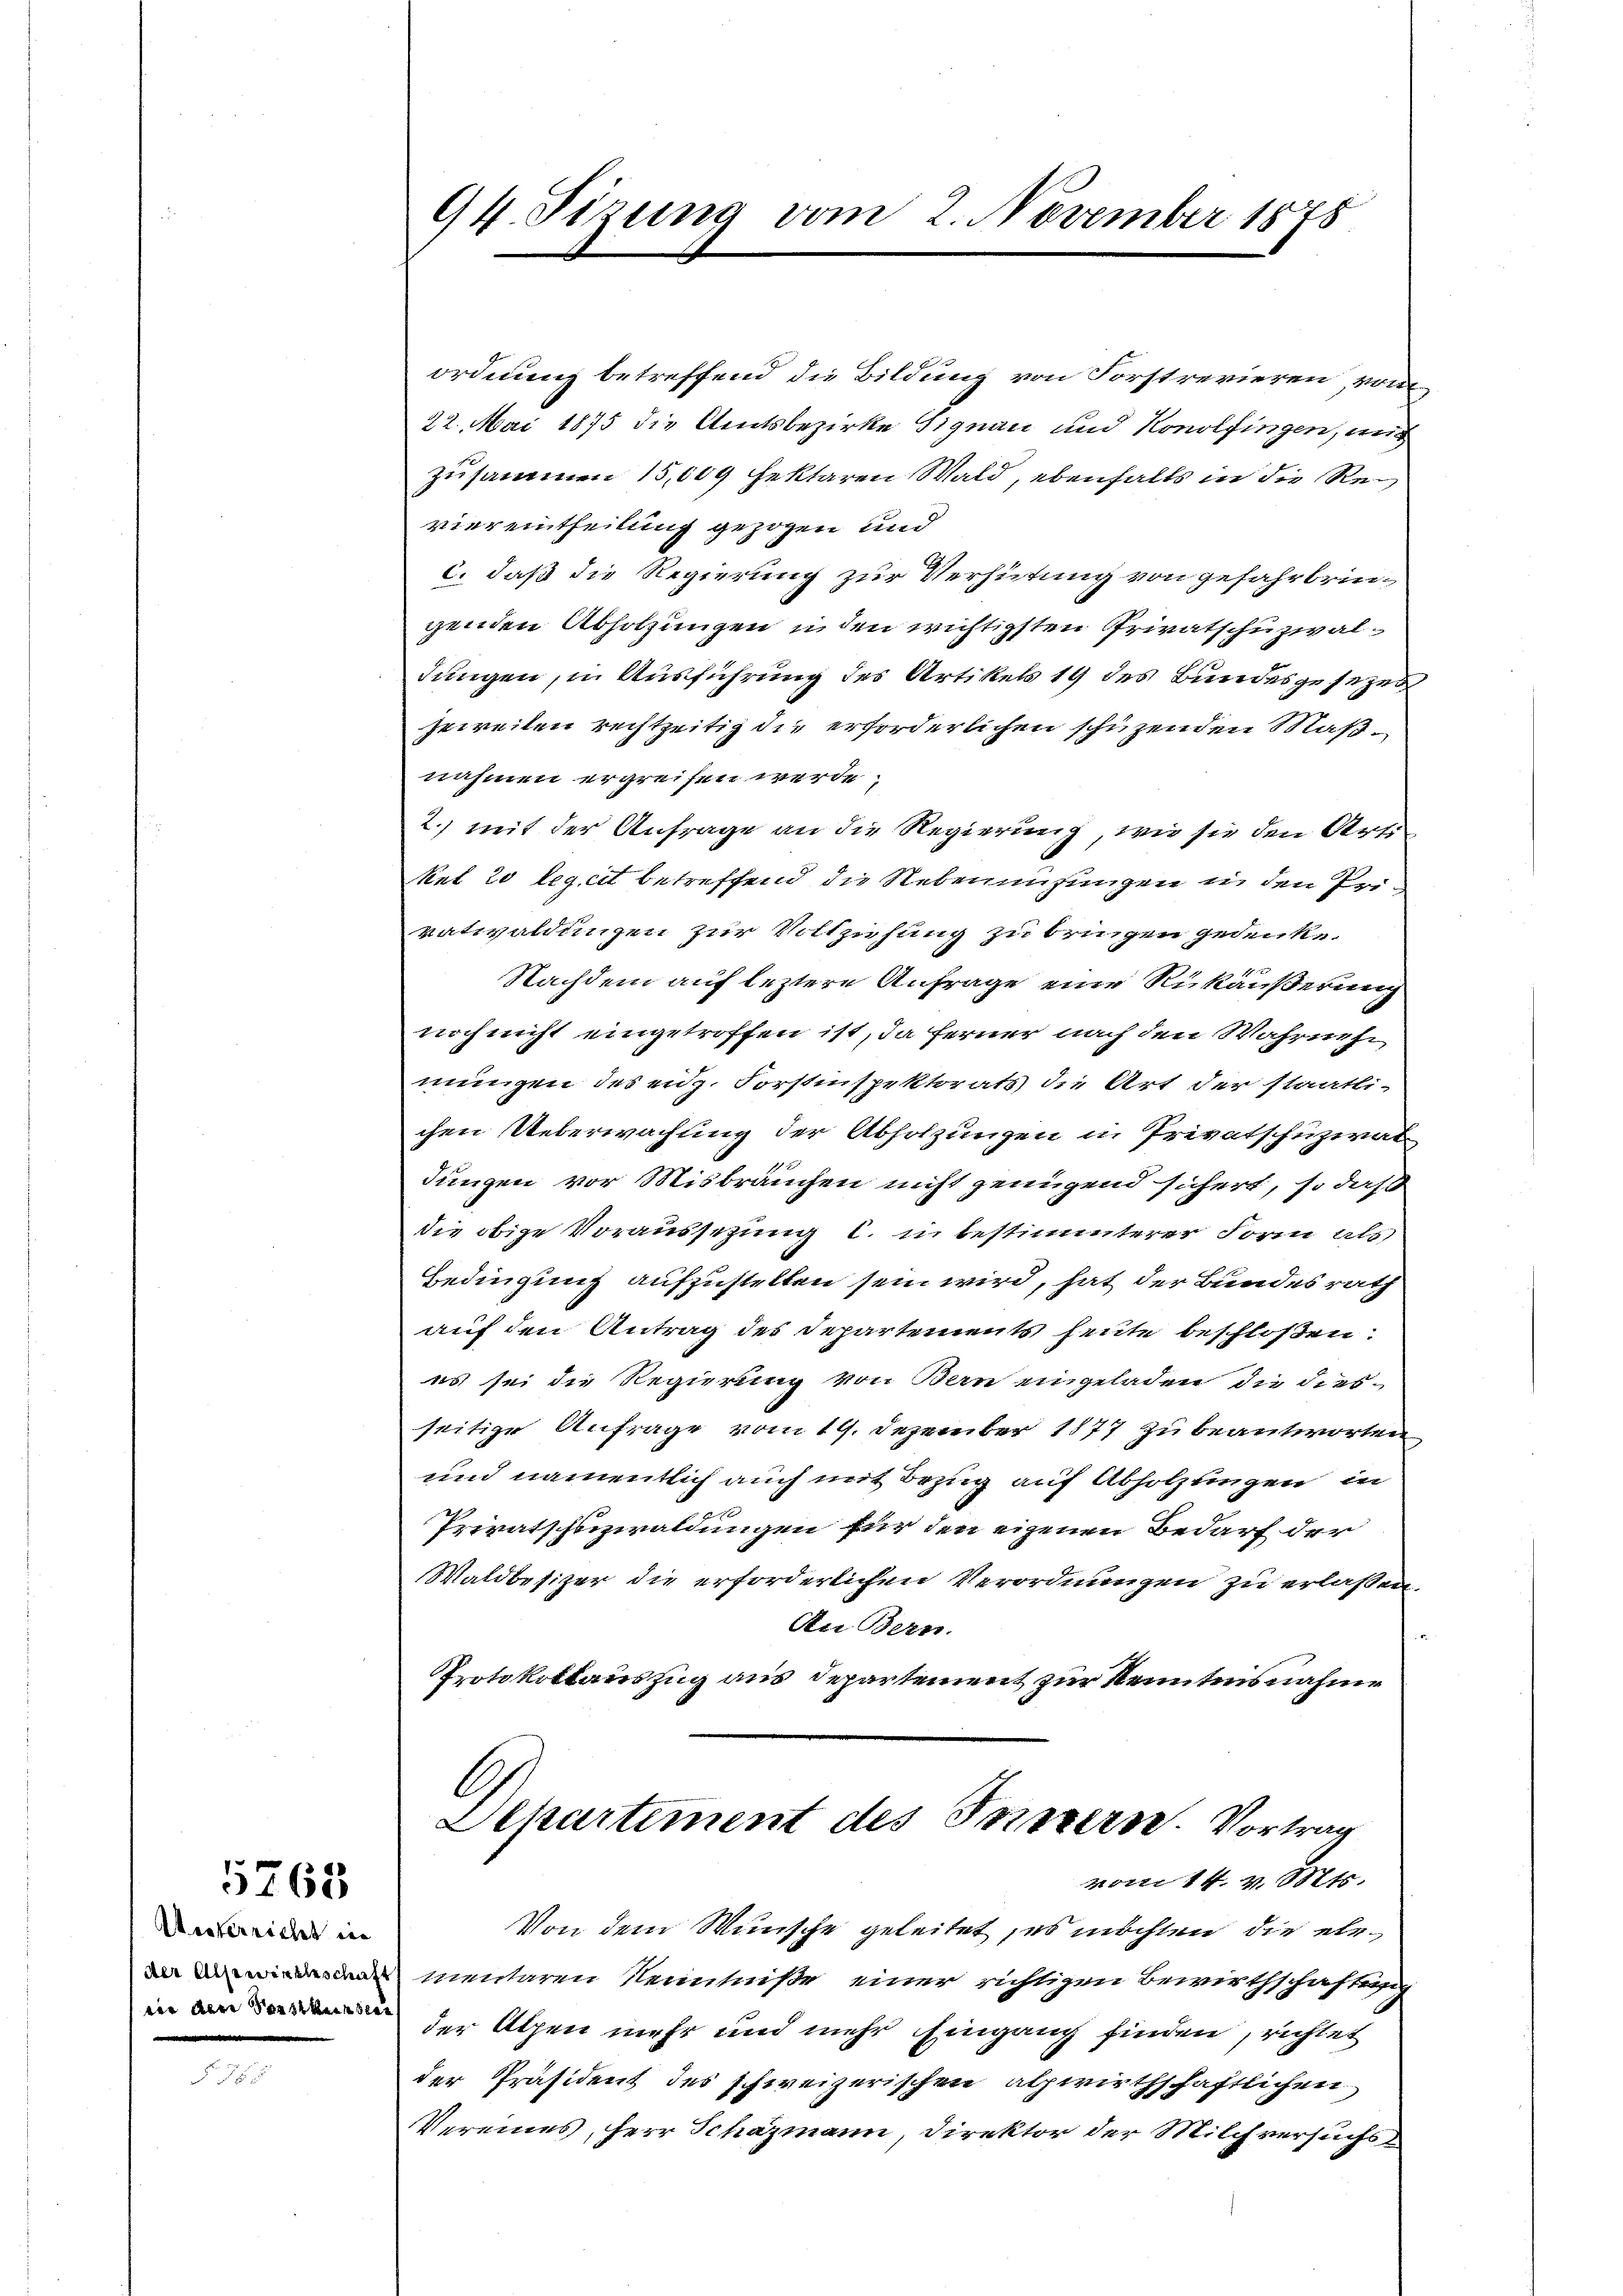
Werkereiches in

5765

94. Sizung vom 2. November 1878

ordnung betreffend die Bildung von Forstrevieren, vom
22. Mai 1875 die Amtsbezirke Signau und Konolfingen, mit
zusammen 15,009 hektaren Wald, ebenfalls in die Reviereintheilung gezogen und
c. daß die Regierung zur Verhütung von gefahrbringenden Absolzungen in den wichtigsten Privatschuzwaldungen, in Ausführung des Artikels 19 des Bundesgesezes
jeweilen rechtzeitig die erforderlichen schüzenden Maßnahmen ergreifen werde.
2. mit der Anfrage an die Regierung, wie sie den Ort¬
Ret 20 legelt betreffend die Nebenmusungen in den Privatwaldungen zur Vollziehung zu bringen gedenke.
Nachdem auf leztere Anfrage eine Rückäußerung
noch nicht eingetroffen ist, da ferner nach den Wahrneh
mungen des enz. Forstinspektorats die Art der staatli-
chen Ueberwachung der Abholzungen in Privatschuziat
Jungen vor Misbräuchen nicht genügend sichert, so daß
die obige Voraussetzung l. in bestimmterer Form als
Bedingung aufzustellen sein wird, hat der Bundesrath
auf den Antrag des Departements heute beschloßen:
es sei die Regierung von Bern eingeladen, die dies-
seitige Anfrage vom 19. Dezember 1877 zu beantworten
und namentlich auch mit Bezug auf Abholzungen in
Privatshnzwaldungen für den eigenen Bedarf der
Waldbesizer die erforderlichen Verordnungen zu erlaßen.
An Bern.
Protokottauszug aus Departement zur Kenntensnahme
G
Departement des Innern. Vortrag
vom 14. v. Mts.
Von dem Wunsche geleitet, es möchten die ele¬
 mentaren Kenntniße einer richtigen Bewirthschaftssch
 der Alpen mehr und mehr Eingang finden, richtet
der Präsident des schweizerischen alpwirthschaftlichen
Vereines, herr Schäzmann, Direktor der Milchversuchs